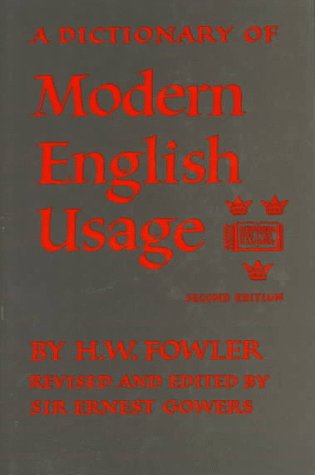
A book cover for A Dictionary of Modern English Usage; H. W. Fowler; Reference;